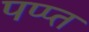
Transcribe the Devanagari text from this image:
पप्प्त